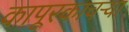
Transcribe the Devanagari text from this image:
कापूरकाचऱ्या